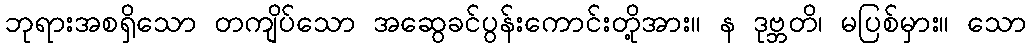
ဘုရားအစရှိသော တကျိပ်သော အဆွေခင်ပွန်းကောင်းတို့အား။ န ဒုဗ္ဘတိ၊ မပြစ်မှား။ သော